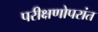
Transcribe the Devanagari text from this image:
परीक्षणोपरांत